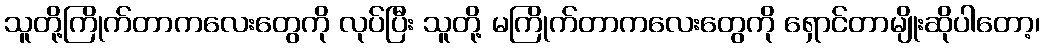
သူတို့ကြိုက်တာကလေးတွေကို လုပ်ပြီး သူတို့ မကြိုက်တာကလေးတွေကို ရှောင်တာမျိုးဆိုပါတော့၊